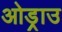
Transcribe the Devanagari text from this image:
ओड्राउ